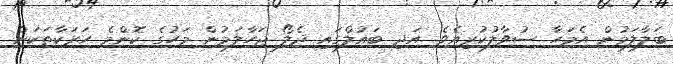
ބަލާލަމުން އެމަހާ ސުވާލުކުރިއެވެ. އަދި ބައުލްގައި ދެލޯ ޖަހާލަމުން މަހުގެ ކޮންމެ ހަރަކާތަކަށް